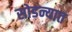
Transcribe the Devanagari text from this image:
सोडन्यात